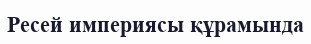
Ресей империясы құрамында